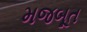
મજબૂત